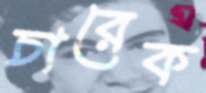
চারেক